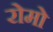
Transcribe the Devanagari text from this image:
रोमो